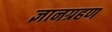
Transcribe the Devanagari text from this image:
ज्ञानग्रहण